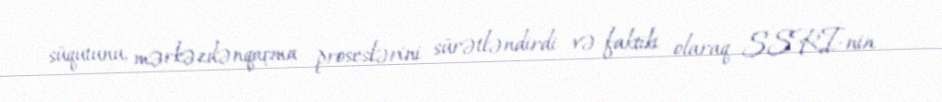
süqutunu, mərkəzdənqaçma proseslərini sürətləndirdi və faktiki olaraq SSRİ-nin